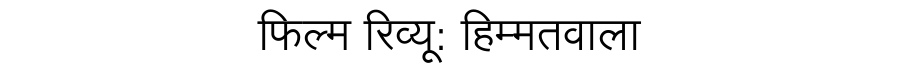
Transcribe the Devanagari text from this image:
फिल्म रिव्यू: हिम्मतवाला